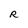
Character: R